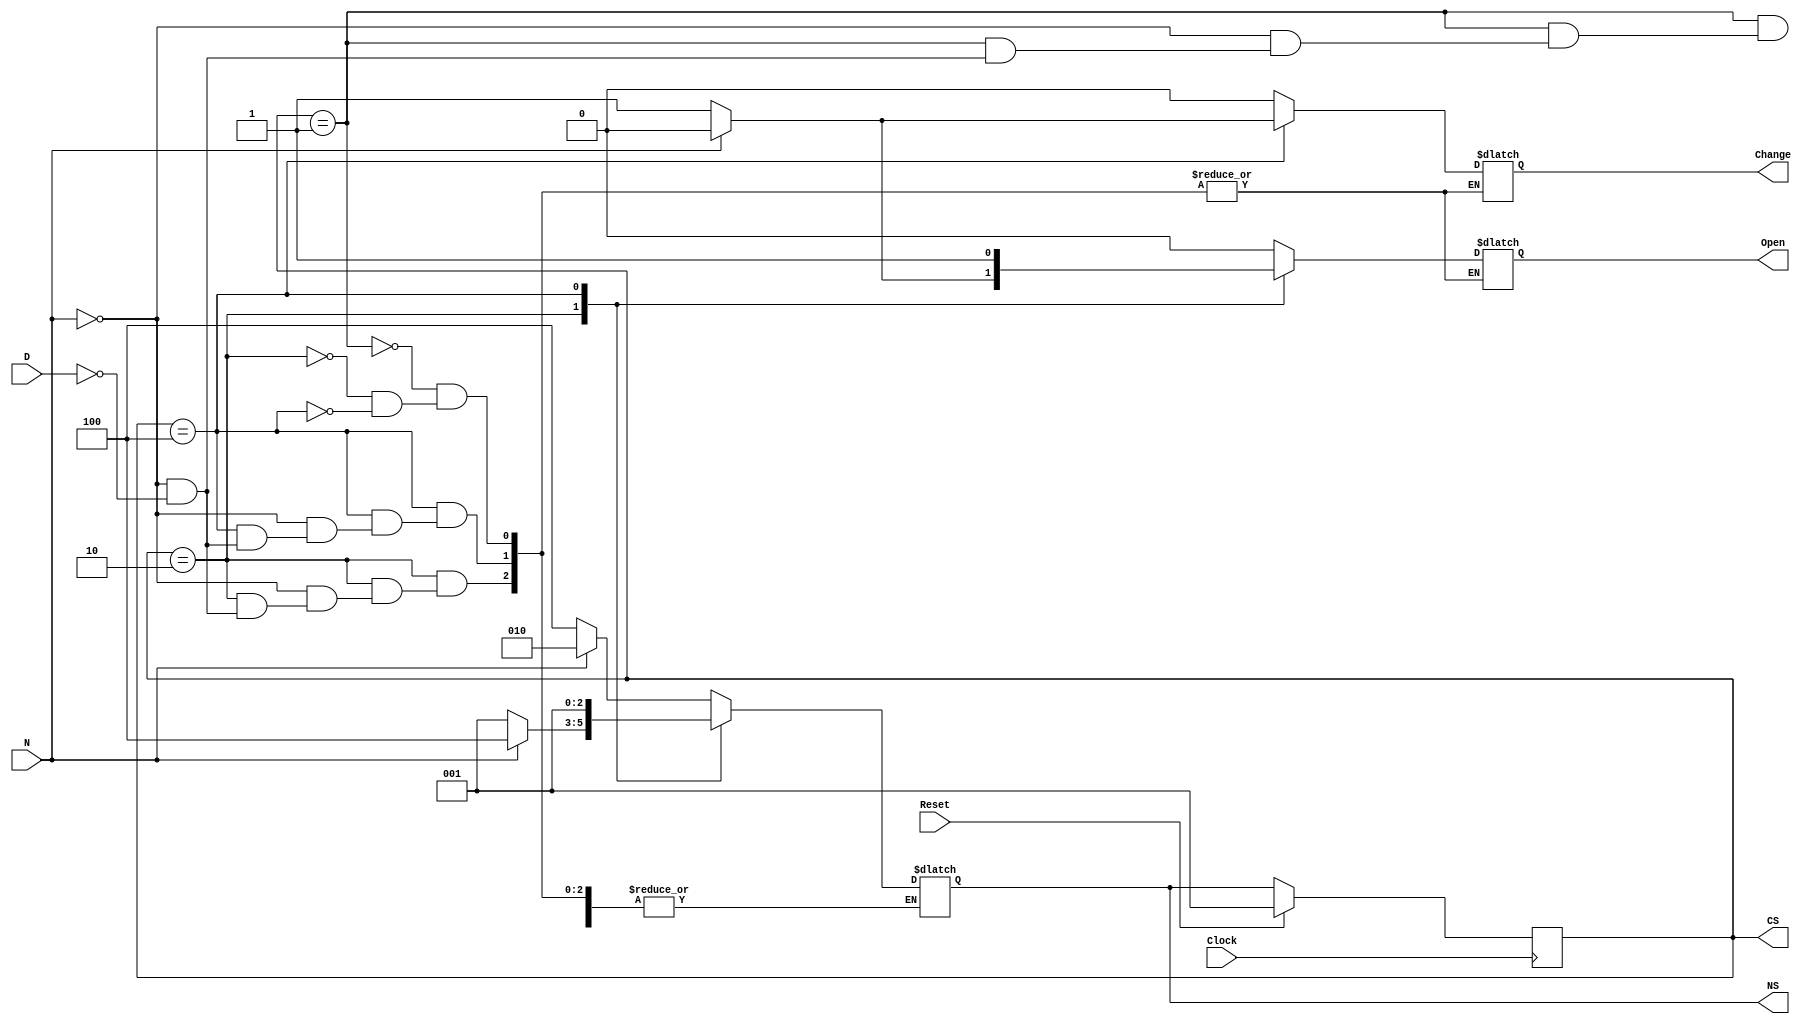
module VendingMachineOneHotMealy(
	input Clock, Reset, D, N,
	output reg [2:0] CS, NS,
	output reg Open, Change);
	
	parameter s0cent = 3'b001, s5cent = 3'b010, s10cent = 3'b100;
	
	always @(posedge Clock) begin
		if(Reset)
			CS <= s0cent;
      else
			CS <= NS;
	end
	
	always @(*)
		case(CS)
			s0cent: begin
				Open = 1'b0;
				Change = 1'b0;
				if(N)
					NS = s5cent;
				else if(D)
					NS = s10cent;
			end
			s5cent: begin
				if(N) begin
					Open = 1'b0;
					Change = 1'b0;
					NS = s10cent;
				end
				else if(D) begin
					Open = 1'b1;
					Change = 1'b0;
					NS = s0cent;
				end
			end
			s10cent: begin
				if(N) begin
					Open = 1'b1;
					Change = 1'b0;
					NS = s0cent;
				end
				else if(D) begin
					Open = 1'b1;
					Change = 1'b1;
					NS = s0cent;
				end 
			end
		endcase
endmodule